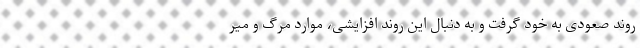
روند صعودی به خود گرفت و به دنبال این روند افزایشی، موارد مرگ و میر